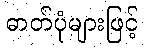
ဓာတ်ပုံများဖြင့်